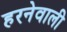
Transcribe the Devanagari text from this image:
हरनेवाली